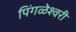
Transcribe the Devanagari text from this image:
पिंगळेश्वरी